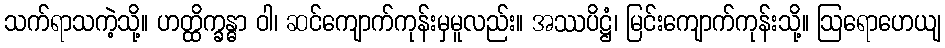
သက်ရာသကဲ့သို့။ ဟတ္ထိက္ခန္ဓာ ဝါ၊ ဆင်ကျောက်ကုန်းမှမူလည်း။ အဿပိဋ္ဌံ၊ မြင်းကျောက်ကုန်းသို့။ ဩရောဟေယျ